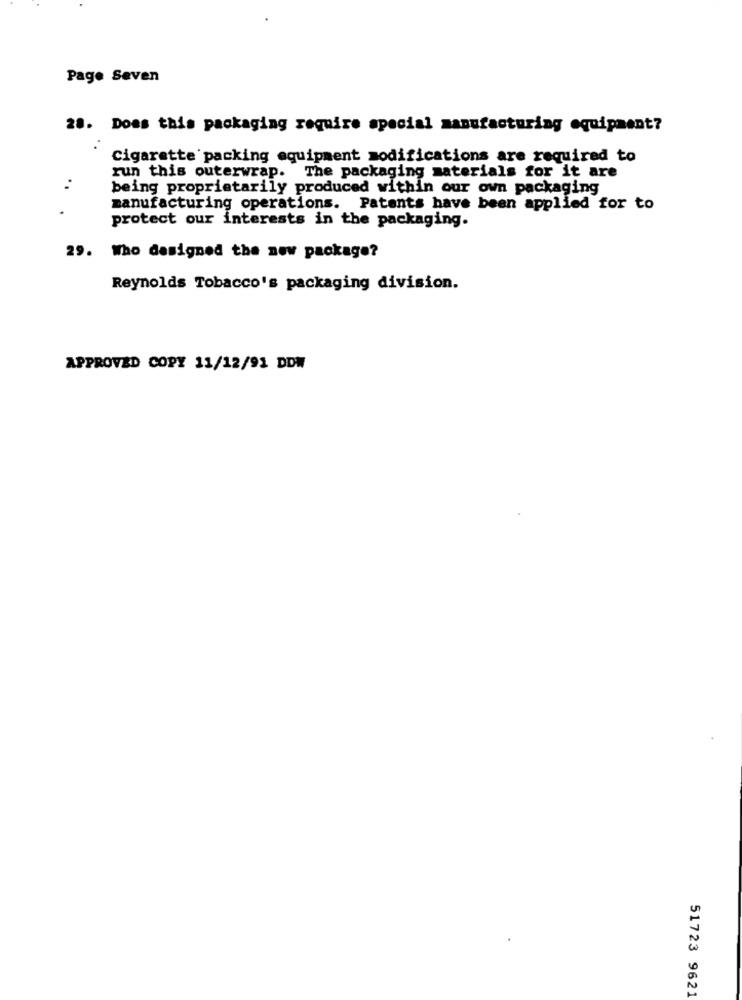
Page Seven
28. Does this packaging require special manufacturing equipment?
Cigarette packing equipment modifications are required to
run this outerwrap. The packaging materials for it are
being proprietarily produced within our own packaging
manufacturing operations. Patents have been applied for to
protect our interests in the packaging.
29. Who designed the new package?
Reynolds Tobacco's packaging division.
APPROVED COPY 11/12/91 DDW
51723 9621